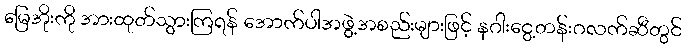
မြေအိုးကို အားထုတ်သွားကြရန် အောက်ပါအဖွဲ့အစည်းများဖြင့် နဂါးငွေ့တန်းဂလက်ဆီတွင်